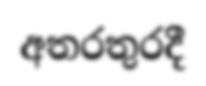
අතරතුරදී